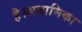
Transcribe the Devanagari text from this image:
है।अनामिका